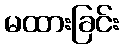
မထားခြင်း